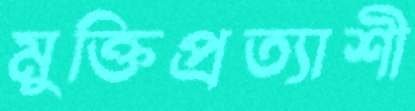
মুক্তিপ্রত্যাশী